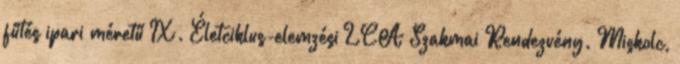
fűtés ipari méretű IX. Életciklus-elemzési LCA Szakmai Rendezvény. Miskolc,